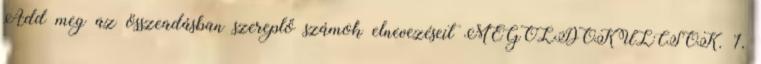
Add meg az összeadásban szereplő számok elnevezéseit MEGOLDÓKULCSOK. 1.